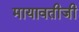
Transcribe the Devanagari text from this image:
मायावतीजी